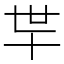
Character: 𰅲